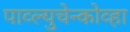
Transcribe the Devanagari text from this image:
पाव्ल्युचेन्कोव्हा